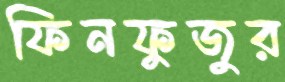
ফিনফুজুর